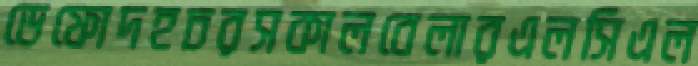
ডেফোদহচরসকালবেলারএলসিএল